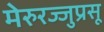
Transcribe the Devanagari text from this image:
मेरुरज्जुप्रसू